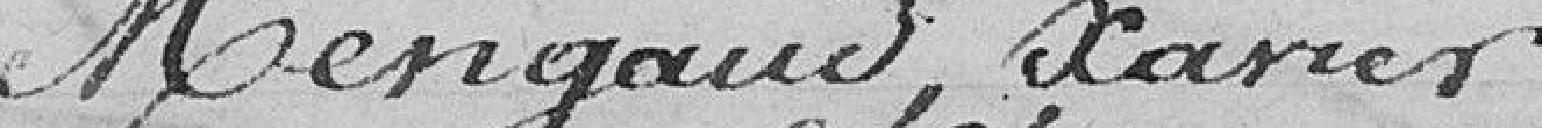
Mengaud, Xavier